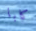
كابا